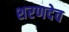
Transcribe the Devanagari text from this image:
शरणदेव